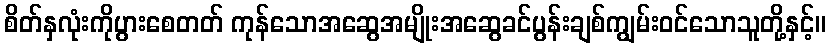
စိတ်နှလုံးကိုပွားစေတတ် ကုန်သောအဆွေအမျိုးအဆွေခင်ပွန်းချစ်ကျွမ်းဝင်သောသူတို့နှင့်။